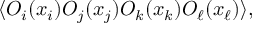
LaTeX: \langle O _ { i } ( x _ { i } ) O _ { j } ( x _ { j } ) O _ { k } ( x _ { k } ) O _ { \ell } ( x _ { \ell } ) \rangle ,